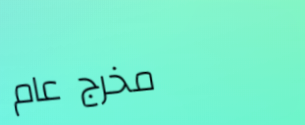
مخرج عام